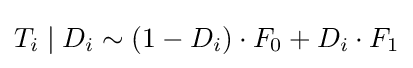
T_{i}\mid D_{i}\sim (1-D_{i})\cdot F_{0}+D_{i}\cdot F_{1}